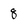
Character: 8